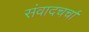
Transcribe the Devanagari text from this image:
संवादचर्चा